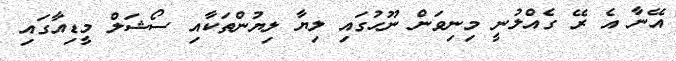
އޭނާ އެ ރޭ ގެއްލުނީ މިނިވަން ނޫހުގައި ލިޔާ ލިޔުންތަކާއި ސޯޝަލް މީޑިއާގައި